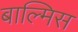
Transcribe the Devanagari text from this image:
बाल्मिस